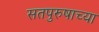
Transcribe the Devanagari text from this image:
सतपुरुषाच्या